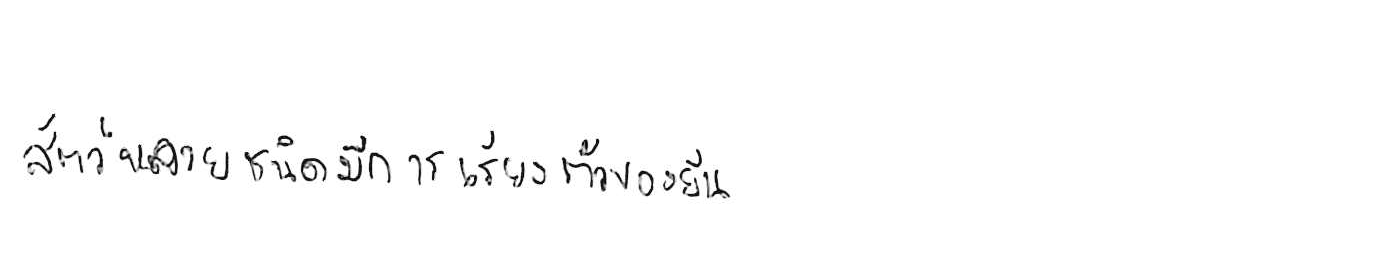
สัตว์หลายชนิดมีการเรียงตัวของยีน